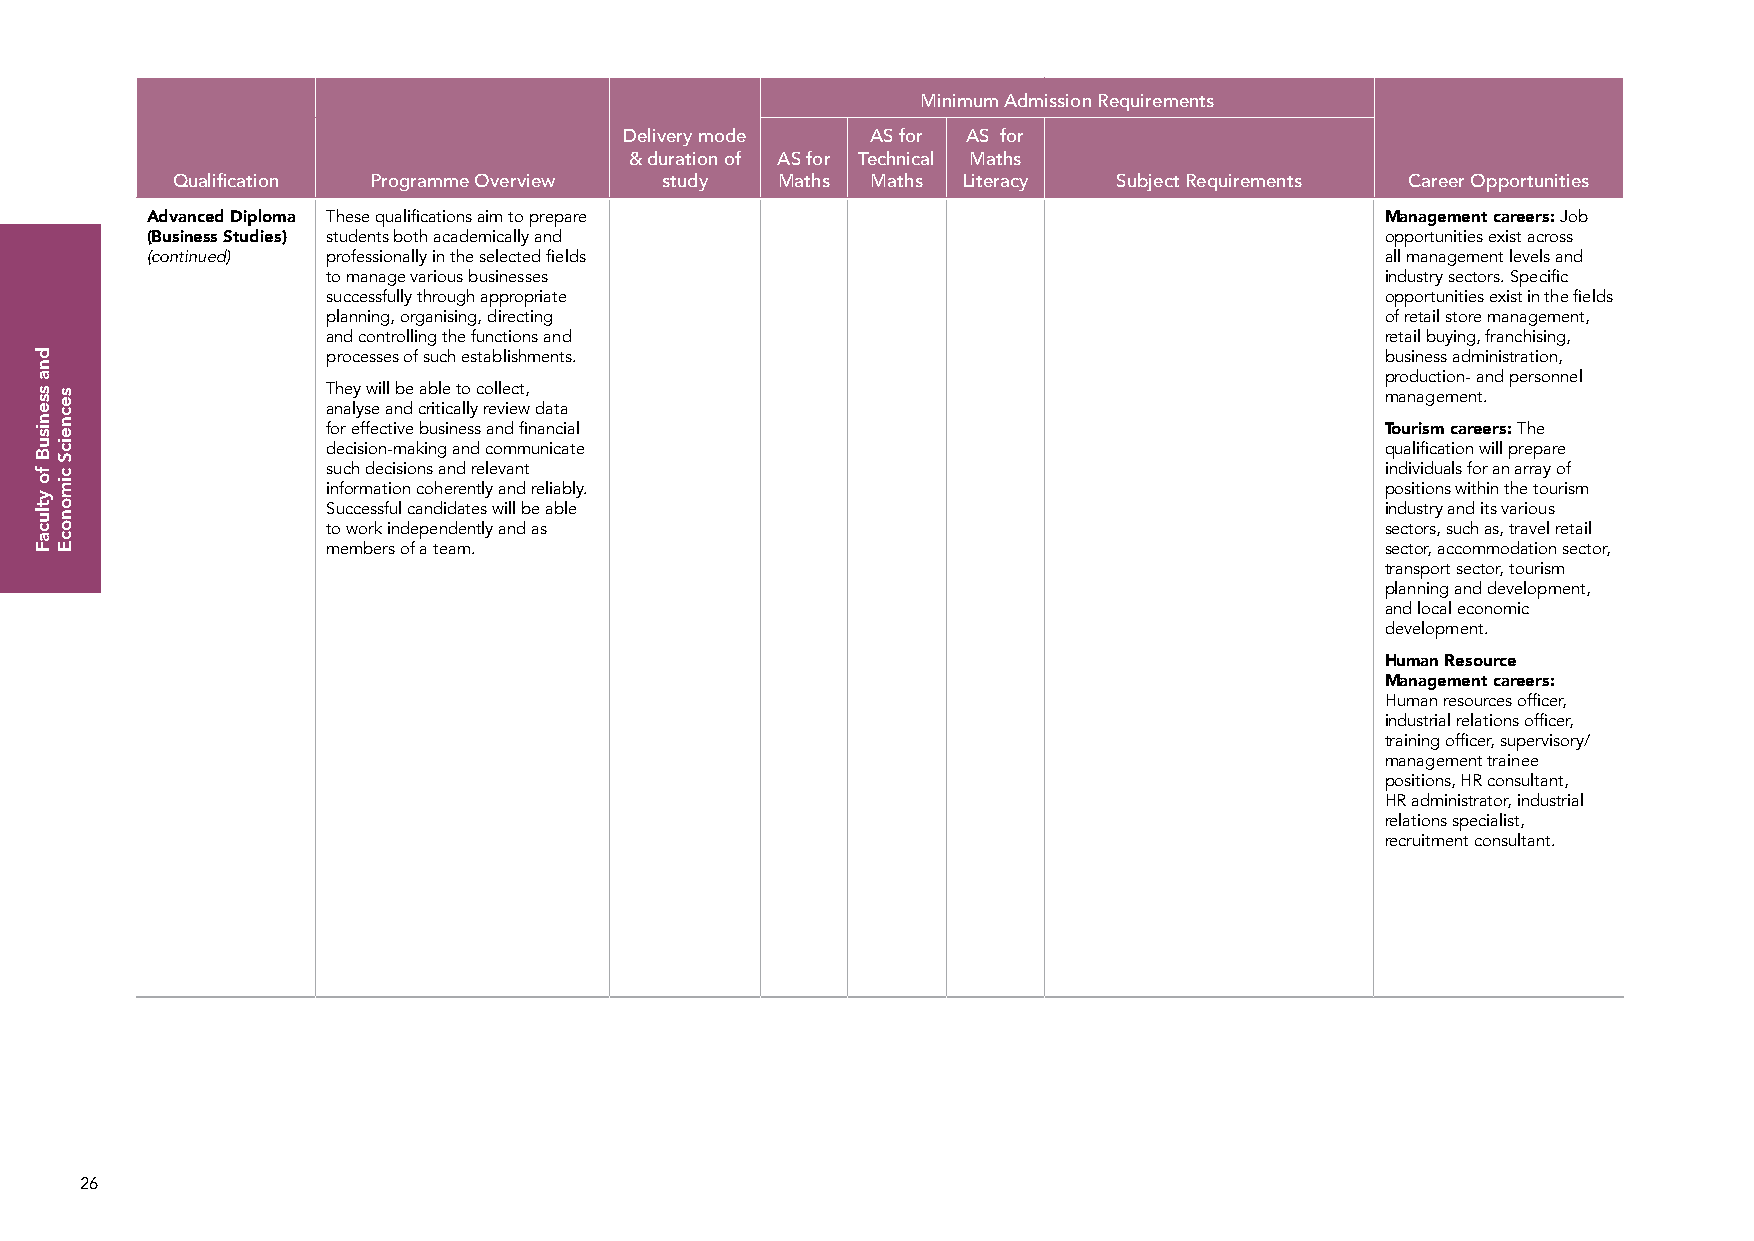
Minimum Admission Requirements
 Delivery mode    AS for AS for
 & duration of AS for Technical Maths
 Qualification Programme Overview study  Maths  Maths Literacy  Subject Requirements Career Opportunities
 Advanced Diploma These qualifications aim to prepare                              Management careers: Job
 (Business Studies) students both academically and                                 opportunities exist across
 (continued) professionally in the selected fields                                 all management levels and
 to manage various businesses                                          industry sectors. Specific
 successfully through appropriate                                      opportunities exist in the fields
 planning, organising, directing                                       of retail store management,
 and controlling the functions and                                     retail buying, franchising,
 processes of such establishments.                                     business administration,
 production- and personnel
 They will be able to collect,                                         management.
 analyse and critically review data
 for effective business and financial                                  Tourism careers: The
 decision-making and communicate                                       qualification will prepare
 such decisions and relevant                                           individuals for an array of
 information coherently and reliably.                                  positions within the tourism
 Successful candidates will be able                                    industry and its various
 to work independently and as                                          sectors, such as, travel retail
 members of a team.                                                    sector, accommodation sector,
 transport sector, tourism
 planning and development,
 and local economic
 development.
 Human Resource
 Management careers:
 Human resources officer,
 industrial relations officer,
 training officer, supervisory/
 management trainee
 positions, HR consultant,
 HR administrator, industrial
 relations specialist,
 recruitment consultant.
 26
 dna
 ssenisuB
 fo
 ytlucaF
 secneicS
 cimonocE